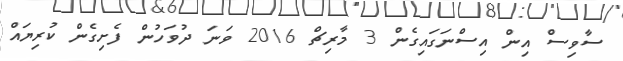
ސާވިސް އިން އިސްނަގައިގެން 3 މާރިޗް 2016 ވަނަ ދުވަހުން ފެށިގެން ކުރިޔައް